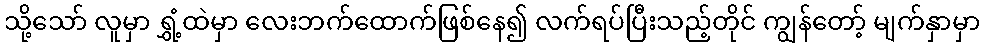
သို့သော် လူမှာ ရွှံ့ထဲမှာ လေးဘက်ထောက်ဖြစ်နေ၍ လက်ရပ်ပြီးသည့်တိုင် ကျွန်တော့် မျက်နှာမှာ